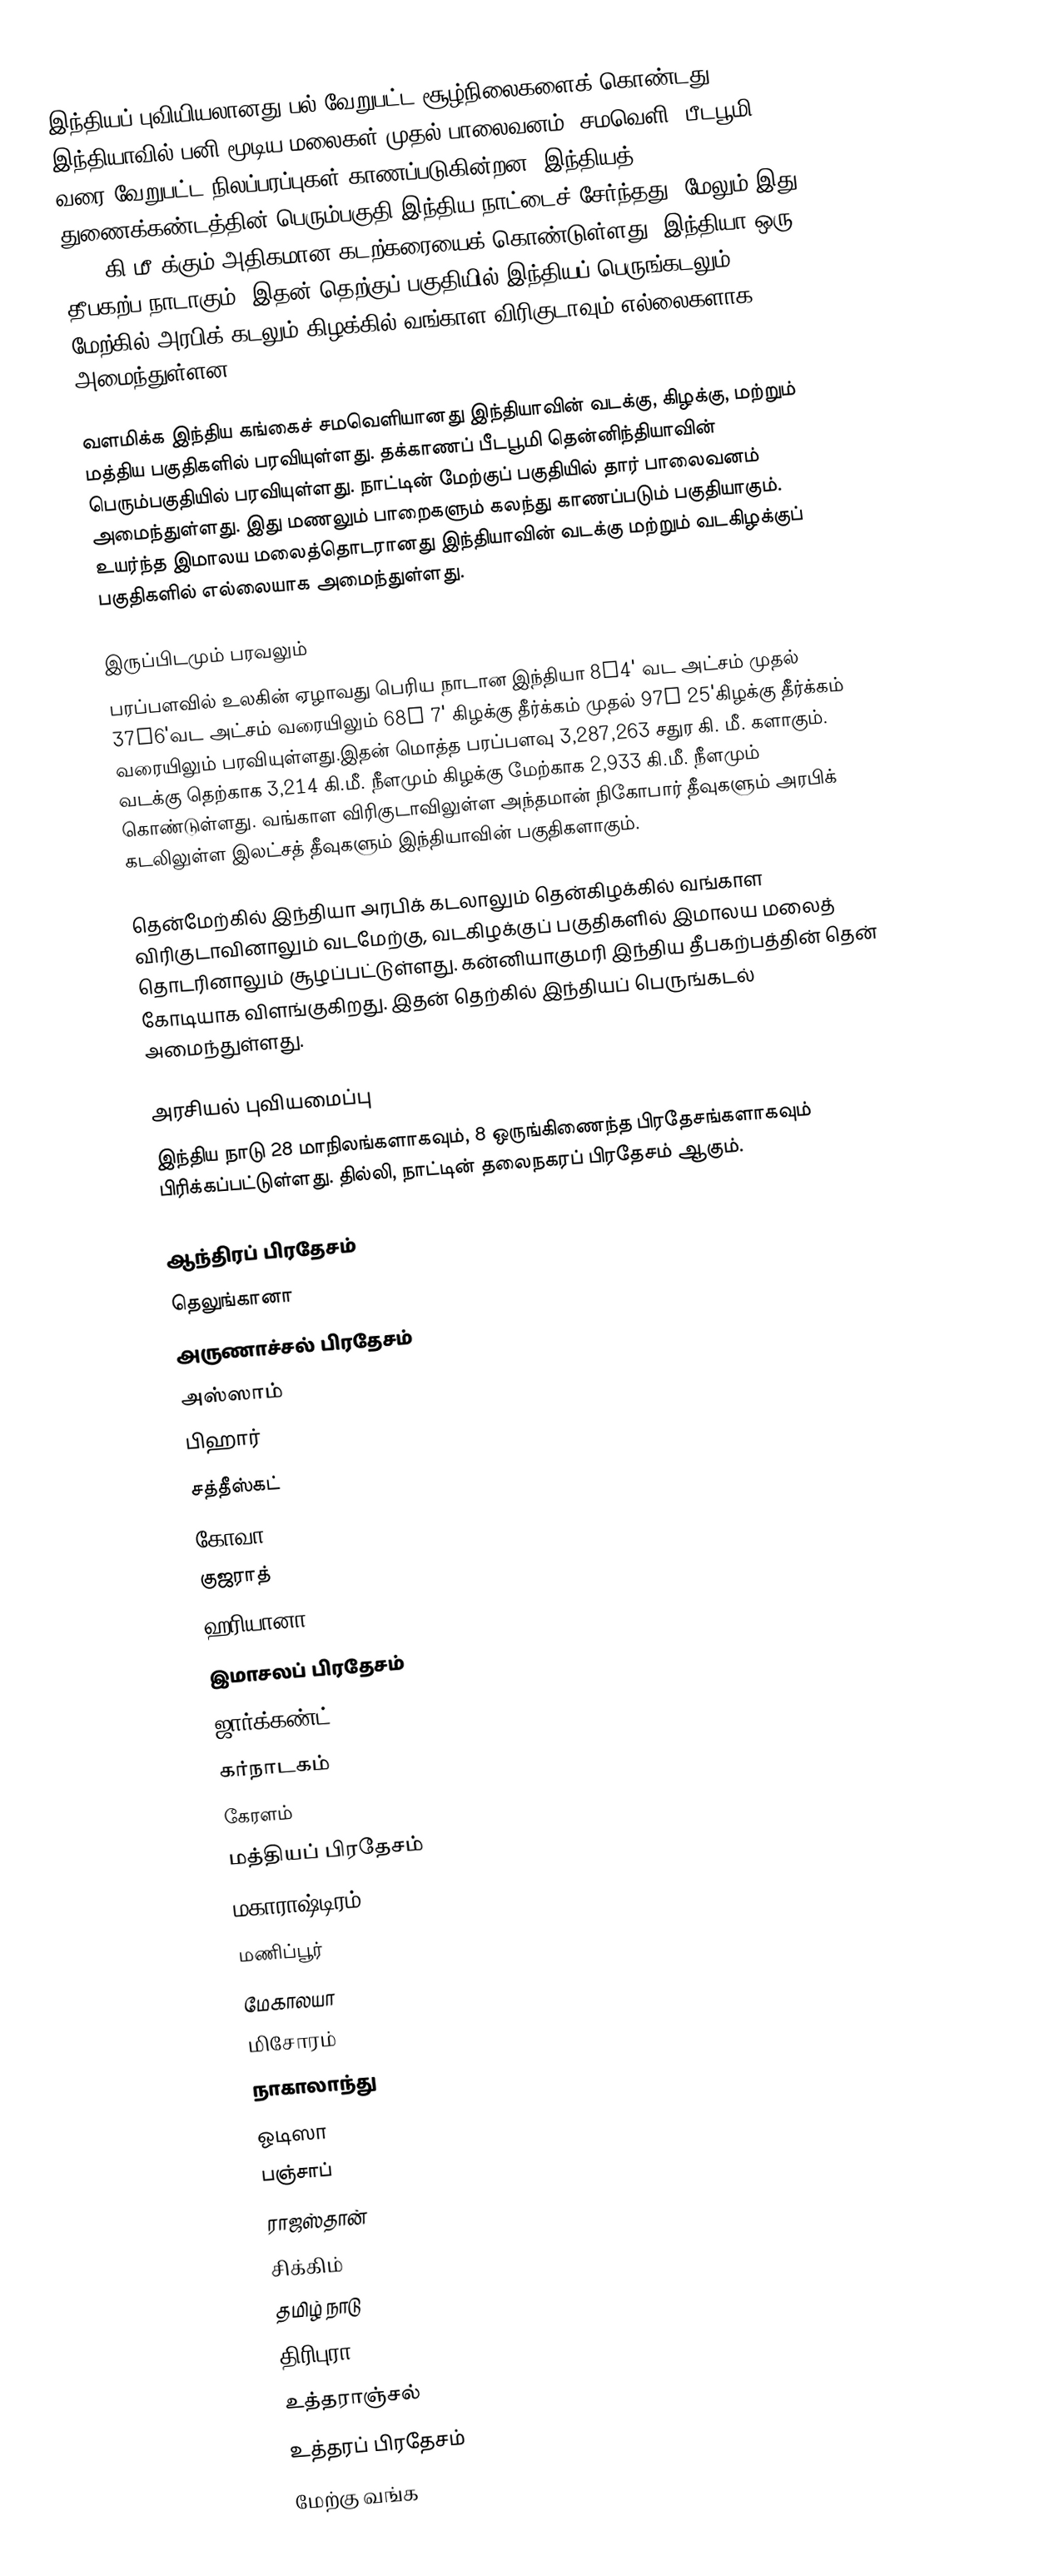
இந்தியப் புவியியலானது பல் வேறுபட்ட சூழ்நிலைகளைக் கொண்டது. இந்தியாவில் பனி மூடிய மலைகள் முதல் பாலைவனம், சமவெளி, பீடபூமி வரை வேறுபட்ட நிலப்பரப்புகள் காணப்படுகின்றன. இந்தியத் துணைக்கண்டத்தின் பெரும்பகுதி இந்திய நாட்டைச் சேர்ந்தது. மேலும் இது 7000 கி.மீ.க்கும் அதிகமான கடற்கரையைக் கொண்டுள்ளது. இந்தியா ஒரு தீபகற்ப நாடாகும். இதன் தெற்குப் பகுதியில் இந்தியப் பெருங்கடலும் மேற்கில் அரபிக் கடலும் கிழக்கில் வங்காள விரிகுடாவும் எல்லைகளாக அமைந்துள்ளன.

வளமிக்க இந்திய கங்கைச் சமவெளியானது இந்தியாவின் வடக்கு, கிழக்கு, மற்றும் மத்திய பகுதிகளில் பரவியுள்ளது. தக்காணப் பீடபூமி தென்னிந்தியாவின் பெரும்பகுதியில் பரவியுள்ளது. நாட்டின் மேற்குப் பகுதியில் தார் பாலைவனம் அமைந்துள்ளது. இது மணலும் பாறைகளும் கலந்து காணப்படும் பகுதியாகும். உயர்ந்த இமாலய மலைத்தொடரானது இந்தியாவின் வடக்கு மற்றும் வடகிழக்குப் பகுதிகளில் எல்லையாக அமைந்துள்ளது.

இருப்பிடமும் பரவலும்
பரப்பளவில் உலகின் ஏழாவது பெரிய நாடான இந்தியா 8°4' வட அட்சம் முதல் 37°6'வட அட்சம் வரையிலும் 68° 7' கிழக்கு தீர்க்கம் முதல் 97° 25'கிழக்கு தீர்க்கம் வரையிலும் பரவியுள்ளது.இதன் மொத்த பரப்பளவு 3,287,263 சதுர கி. மீ. களாகும். வடக்கு தெற்காக 3,214 கி.மீ. நீளமும் கிழக்கு மேற்காக 2,933 கி.மீ. நீளமும் கொண்டுள்ளது. வங்காள விரிகுடாவிலுள்ள அந்தமான் நிகோபார் தீவுகளும் அரபிக் கடலிலுள்ள இலட்சத் தீவுகளும் இந்தியாவின் பகுதிகளாகும்.

தென்மேற்கில் இந்தியா அரபிக் கடலாலும் தென்கிழக்கில் வங்காள விரிகுடாவினாலும் வடமேற்கு, வடகிழக்குப் பகுதிகளில் இமாலய மலைத் தொடரினாலும் சூழப்பட்டுள்ளது. கன்னியாகுமரி இந்திய தீபகற்பத்தின் தென் கோடியாக விளங்குகிறது. இதன் தெற்கில் இந்தியப் பெருங்கடல் அமைந்துள்ளது.

அரசியல் புவியமைப்பு
இந்திய நாடு 28 மாநிலங்களாகவும், 8 ஒருங்கிணைந்த பிரதேசங்களாகவும் பிரிக்கப்பட்டுள்ளது. தில்லி, நாட்டின் தலைநகரப் பிரதேசம் ஆகும்.

 ஆந்திரப் பிரதேசம்
 தெலுங்கானா
 அருணாச்சல் பிரதேசம்
 அஸ்ஸாம்
 பிஹார்
 சத்தீஸ்கட்
 கோவா
 குஜராத்
 ஹரியானா
 இமாசலப் பிரதேசம்
 ஜார்க்கண்ட்
 கர்நாடகம்
 கேரளம்
 மத்தியப் பிரதேசம்
 மகாராஷ்டிரம்
 மணிப்பூர்
 மேகாலயா
 மிசோரம்
 நாகாலாந்து
 ஓடிஸா
 பஞ்சாப்
 ராஜஸ்தான்
 சிக்கிம்
 தமிழ் நாடு
 திரிபுரா
 உத்தராஞ்சல்
 உத்தரப் பிரதேசம்
 மேற்கு வங்க